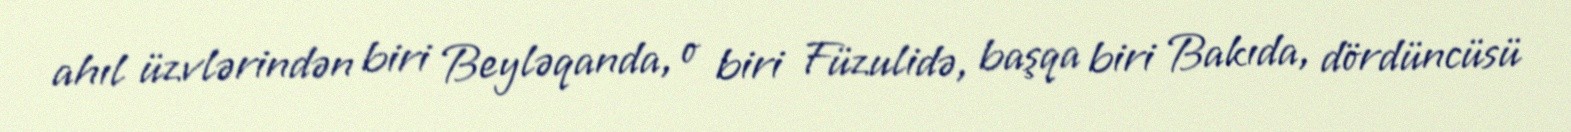
ahıl üzvlərindən biri Beyləqanda, o biri Füzulidə, başqa biri Bakıda, dördüncüsü